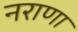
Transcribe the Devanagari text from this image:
नराणा